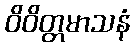
ဝိဝိတ္တမာသနံ